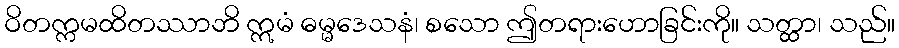
ဝိတက္ကမထိတဿာဘိ ဣမံ ဓမ္မဒေသနံ၊ စသော ဤတရားဟောခြင်းကို။ သတ္ထာ၊ သည်။